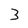
Character: 3